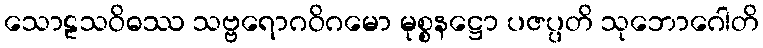
သောဠသဝိဓဿ သဗ္ဗရောဂဝိဂမော မုစ္စနဋ္ဌော ပဇပ္ပတိ သုဘောဂေါတိ